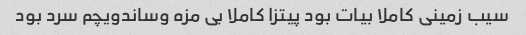
سیب زمینی کاملا بیات بود پیتزا کاملا بی مزه وساندویچم سرد بود